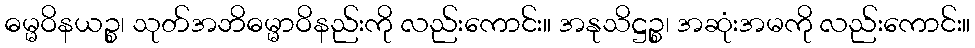
ဓမ္မဝိနယဉ္စ၊ သုတ်အဘိဓမ္မာဝိနည်းကို လည်းကောင်း။ အနုသိဋ္ဌဉ္စ၊ အဆုံးအမကို လည်းကောင်း။